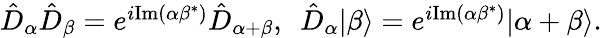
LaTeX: \begin{array}{r}{\hat{D}_{\alpha}\hat{D}_{\beta}=e^{i\mathrm{Im}(\alpha\beta^{*})}\hat{D}_{\alpha+\beta},\ \ \hat{D}_{\alpha}|\beta\rangle=e^{i\mathrm{Im}(\alpha\beta^{*})}|\alpha+\beta\rangle.}\end{array}